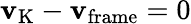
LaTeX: \mathbf{v}_{\mathrm{{K}}}-\mathbf{v}_{\mathrm{{frame}}}=0